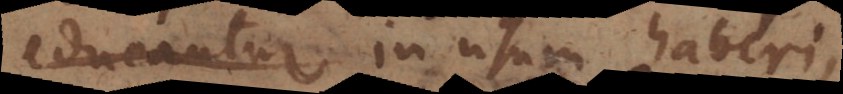
educantur in usum haberi,